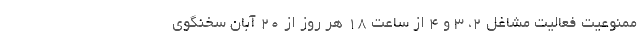
ممنوعیت فعالیت مشاغل ۲، ۳ و ۴ از ساعت ۱۸ هر روز از ۲۰ آبان سخنگوی